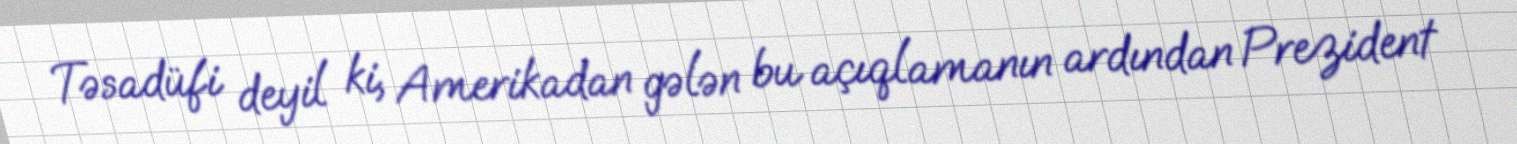
Təsadüfi deyil ki, Amerikadan gələn bu açıqlamanın ardından Prezident